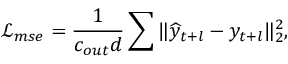
\mathcal { L } _ { m s e } = \frac { 1 } { c _ { o u t } d } \sum \| \widehat { y } _ { t + l } - y _ { t + l } \| _ { 2 } ^ { 2 } ,